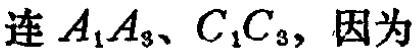
连 \(A_{1}A_{3}\)、\(C_{1}C_{3}\)，因为